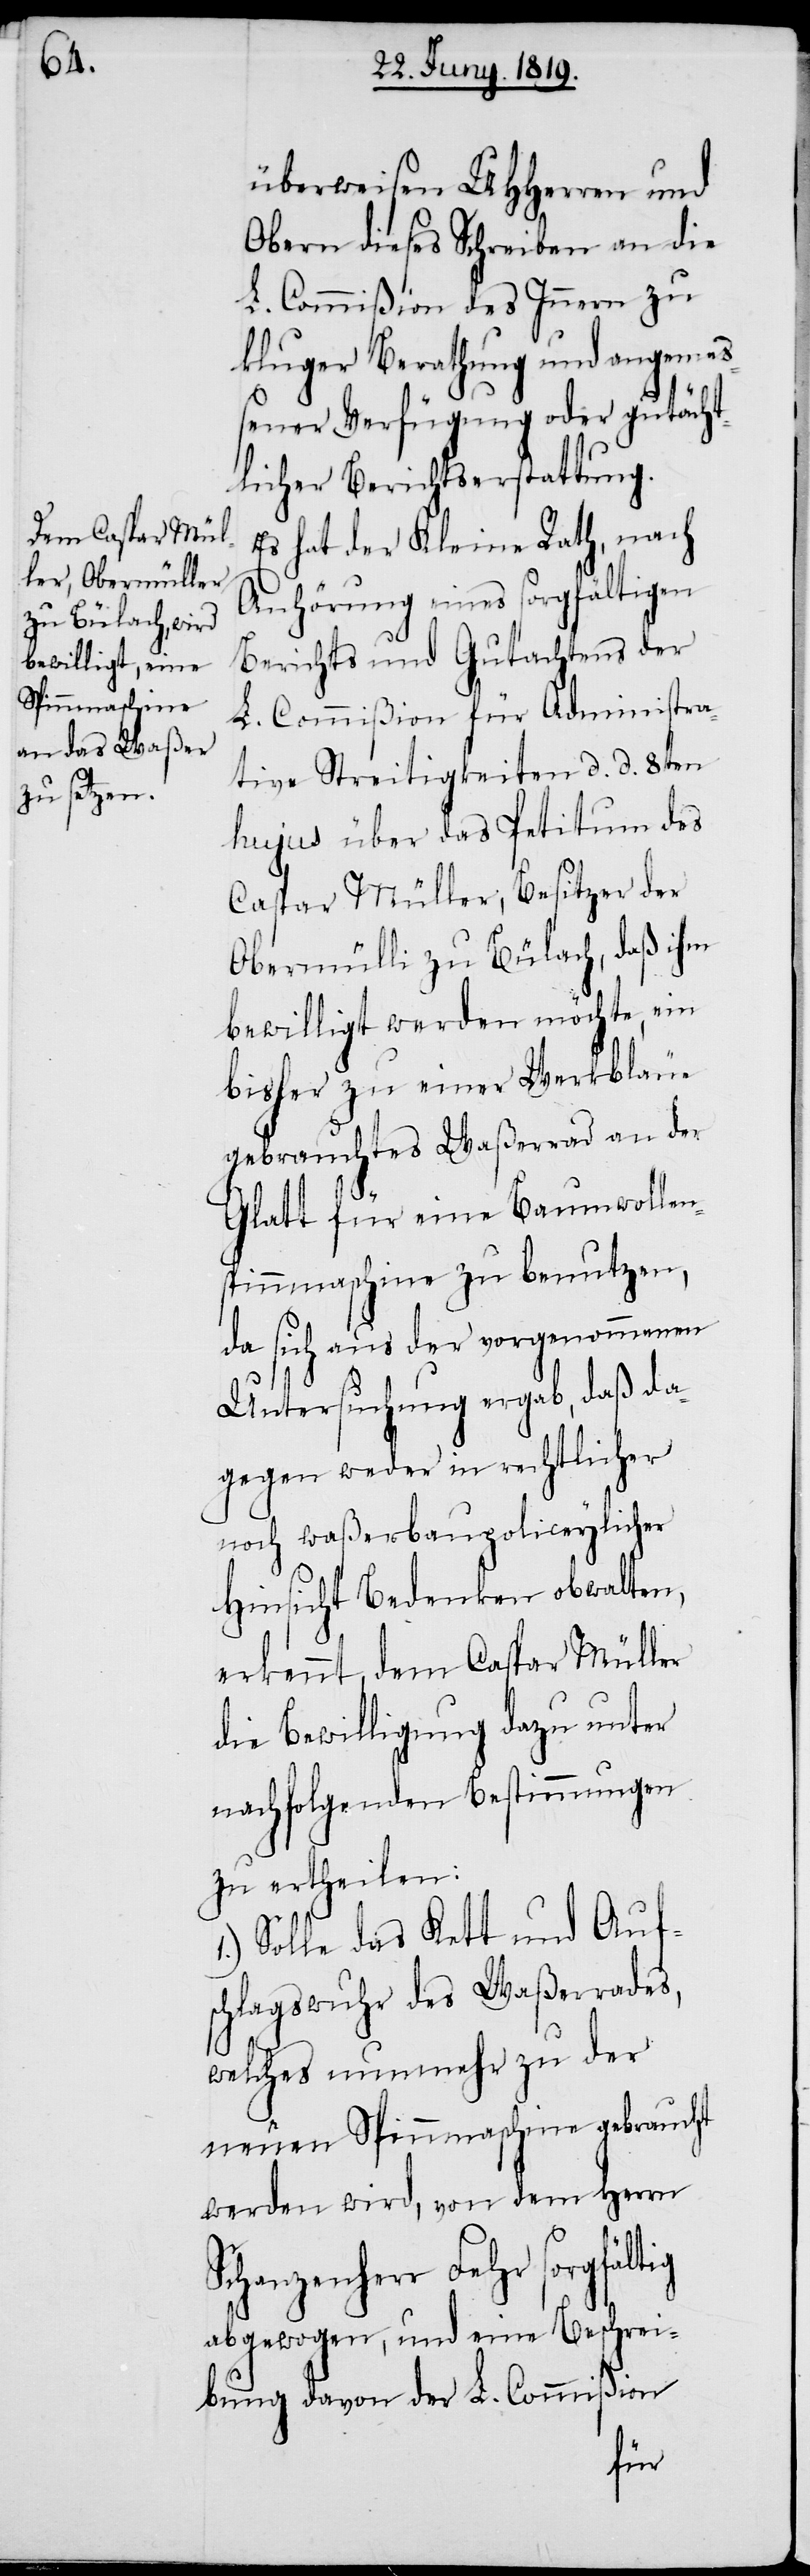
überweisen UHHerren und
Obern dieses Schreiben an die
L. Commißion des Innern zu
kluger Berathung und angemes¬
sener Verfügung oder gutächt¬
licher Berichtserstattung.
Es hat der Kleine Rath, nach
Anhörung eines sorgfältigen
Berichts und Gutachtens der
L. Commißion für Administra¬
tive Streitigkeiten d. d. 8ten
hujus über das Petitum des
Caspar Müller, Besitzer der
Obermülli zu Bülach, daß ihm
bewilligt werden möchte, ein
bisher zu einer Werkbläue
gebrauchtes Waßerrad an der
Glatt für eine Baumwollen¬
spinnmaschine zu benutzen,
da sich aus der vorgenommenen
Untersuchung ergab, daß da¬
gegen weder in rechtlicher
noch waßerbaupoliceylicher
Hinsicht Bedenken obwalten,
erkennt, dem Caspar Müller
die Bewilligung dazu unter
nachfolgenden Bestimmungen
zu ertheilen:
1.) Solle das Kett und Auf¬
schlagswuhr des Waßerrades,
welches nunmehr zu der
neuen Spinnmaschine gebraucht
werden wird, von dem Herrn
Schanzenherr Fehr sorgfält¬
abgewogen, und eine Beschrei¬
bung davon der L. Commißion
ig